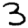
Digit: 3